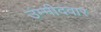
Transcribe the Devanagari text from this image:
उंम्मीदवार